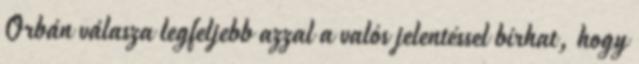
Orbán válasza legfeljebb azzal a valós jelentéssel bírhat, hogy